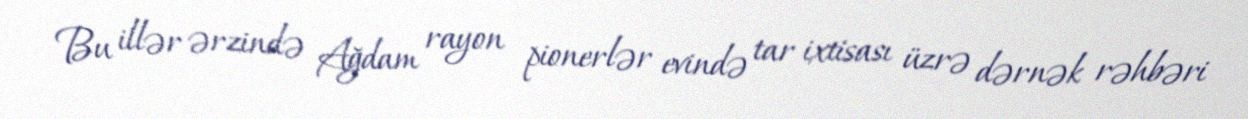
Bu illər ərzində Ağdam rayon pionerlər evində tar ixtisası üzrə dərnək rəhbəri